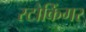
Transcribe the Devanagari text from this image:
स्टोकिंगर